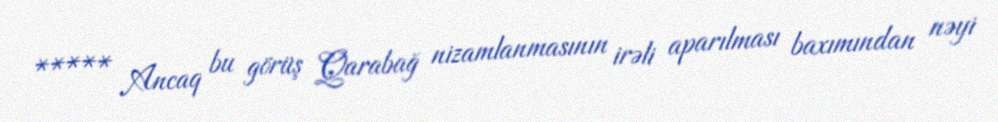
***** Ancaq bu görüş Qarabağ nizamlanmasının irəli aparılması baxımından nəyi